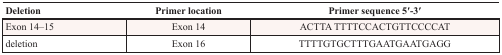
<table><thead><tr><td><b>Deletion</b></td><td><b>Primer location</b></td><td><b>Primer sequence 5′-3′</b></td></tr></thead><tbody><tr><td>Exon 14–15</td><td>Exon 14</td><td>ACTTA TTTTCCACTGTTCCCCAT</td></tr><tr><td>deletion</td><td>Exon 16</td><td>TTTTGTGCTTTGAATGAATGAGG</td></tr></tbody></table>